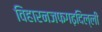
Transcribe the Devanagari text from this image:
विहारनजफगढ़दिल्ली